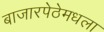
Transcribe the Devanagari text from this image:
बाजारपेठेमधला